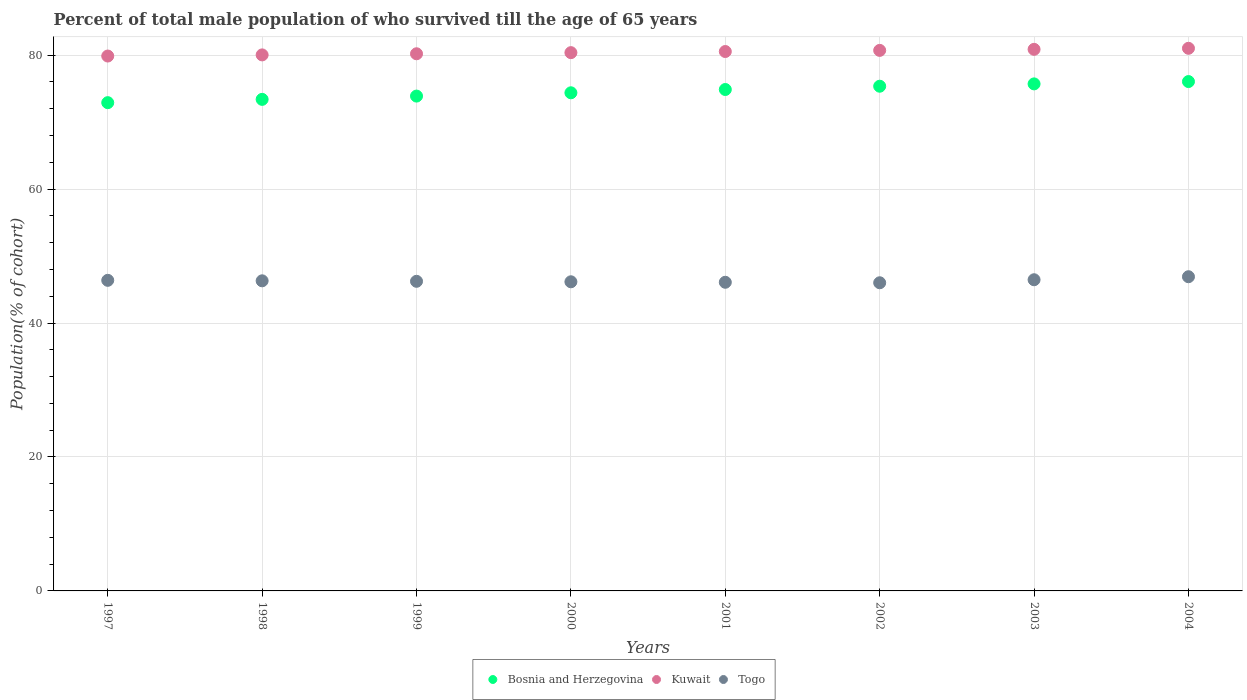
| Years | Bosnia and Herzegovina | Kuwait | Togo |
 | --- | --- | --- | --- |
 | 1997 | 72.9 | 79.9 | 46.4 |
 | 1998 | 73.4 | 80 | 46.3 |
 | 1999 | 73.9 | 80.2 | 46.2 |
 | 2000 | 74.4 | 80.4 | 46.2 |
 | 2001 | 74.9 | 80.5 | 46.1 |
 | 2002 | 75.4 | 80.7 | 46 |
 | 2003 | 75.7 | 80.9 | 46.5 |
 | 2004 | 76.1 | 81 | 46.9 |